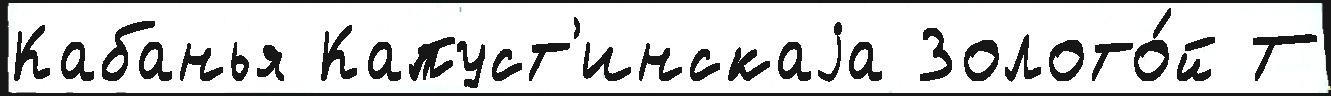
Кабанья Капуст'инскаjа Золото́й Т